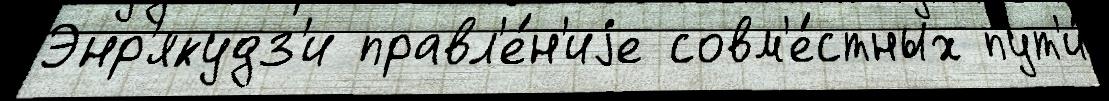
Энр'якудз'и правл'е́н'иjе совм'е́стных пут'и́